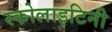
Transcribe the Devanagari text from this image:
स्कोलाइटिनी